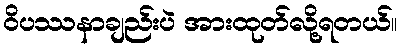
ဝိပဿနာချည်းပဲ အားထုတ်လို့ရတယ်။